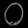
Digit: ၀